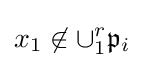
x_{1}\not \in \cup _{1}^{r}{\mathfrak {p}}_{i}